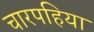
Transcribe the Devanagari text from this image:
चारपहिया